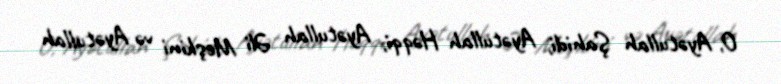
O, Ayətullah Şahidi, Ayətullah Həqqi, Ayətullah Əli Meşkini və Ayətullah